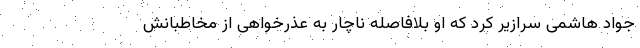
جواد هاشمی سرازیر کرد که او بلافاصله ناچار به عذرخواهی از مخاطبانش